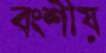
বংশীয়